Lunatic asylums Madras 1877-1891 - 1877-1891
Year: 1877
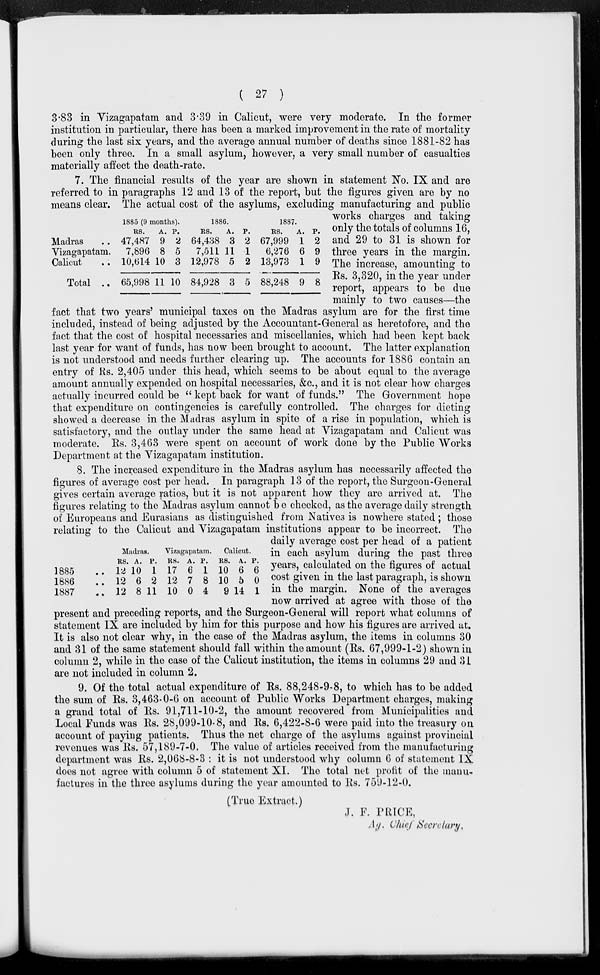
( 27 )
3.83 in Vizagapatam and 3.39 in Calicut, were very moderate. In the former
institution in particular, there has been a marked improvement in the rate of mortality
during the last six years, and the average annual number of deaths since 1881-82 has
been only three. In a small asylum, however, a very small number of casualties
materially affect the death-rate.
Madras ..
Vizagapatam.
Calicut ..
Total ..
1885 (9 months).
RS.
47,487
7,896
10,614
65,998
A.
9
8
10
11
P.
2
5
3
10
1886.
RS.
64,438
7,511
12,978
84,928
A.
3
11
5
3
P.
2
1
2
5
1887.
RS.
67,999
6,276
13,973
88,248
A.
1
6
1
9
P.
2
9
9
8
7. The financial results of the year are shown in statement No. IX and are
referred to in paragraphs 12 and 13 of the report, but the figures given are by no
means clear. The actual cost of the asylums, excluding manufacturing and public
works charges and taking
only the totals of columns 16,
and 29 to 31 is shown for
three years in the margin.
The increase, amounting to
Rs. 3,320, in the year under
report, appears to be due
mainly to two causes—the
fact that two years' municipal taxes on the Madras asylum are for the first time
included, instead of being adjusted by the Accountant-General as heretofore, and the
fact that the cost of hospital necessaries and miscellanies, which had been kept back
last year for want of funds, has now been brought to account. The latter explanation
is not understood and needs further clearing up. The accounts for 1886 contain an
entry of Rs. 2,405 under this head, which seems to be about equal to the average
amount annually expended on hospital necessaries, &c., and it is not clear how charges
actually incurred could be " kept back for want of funds." The Government hope
that expenditure on contingencies is carefully controlled. The charges for dieting
showed a decrease in the Madras asylum in spite of a rise in population, which is
satisfactory, and the outlay under the same head at Vizagapatam and Calicut was
moderate. Rs. 3,463 were spent on account of work done by the Public Works
Department at the Vizagapatam institution.
1885 ..
1886 ..
1887 ..
Madras.
RS.
12
12
12
A.
10
6
8
P.
1
2
11
Vizagapatam.
RS.
17
12
10
A.
6
7
0
P.
1
8
4
Calicut.
RS.
10
10
9
A.
6
5
14
P.
6
0
1
8. The increased expenditure in the Madras asylum has necessarily affected the
figures of average cost per head. In paragraph 13 of the report, the Surgeon-General
gives certain average ratios, but it is not apparent how they are arrived at. The
figures relating to the Madras asylum cannot be checked, as the average daily strength
of Europeans and Eurasians as distinguished from Natives is nowhere stated ; those
relating to the Calicut and Vizagapatam institutions appear to be incorrect. The
daily average cost per head of a patient
in each asylum during the past three
years, calculated on the figures of actual
cost given in the last paragraph, is shown
in the margin. None of the averages
now arrived at agree with those of the
present and preceding reports, and the Surgeon-General will report what columns of
statement IX are included by him for this purpose and how his figures are arrived at.
It is also not clear why, in the case of the Madras asylum, the items in columns 30
and 31 of the same statement should fall within the amount (Rs. 67,999-1-2) shown in
column 2, while in the case of the Calicut institution, the items in columns 29 and 31
are not included in column 2.
9. Of the total actual expenditure of Rs. 88,248-9-8, to which has to be added
the sum of Rs. 3,463-0-6 on account of Public Works Department charges, making
a grand total of Rs. 91,711-10-2, the amount recovered from Municipalities and
Local Funds was Rs. 28,099-10-8, and Rs. 6,422-8-6 were paid into the treasury on
account of paying patients. Thus the net charge of the asylums against provincial
revenues was Rs. 57,189-7-0. The value of articles received from the manufacturing
department was Rs. 2,068-8-3 : it is not understood why column 6 of statement IX
does not agree with column 5 of statement XI. The total net profit of the manu-
factures in the three asylums during the year amounted to Rs. 759-12-0.
(True Extract.)
J. F. PRICE,
Ag. Chief Secretary.